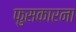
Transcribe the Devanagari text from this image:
फुसकारना